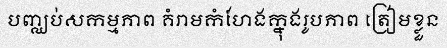
បញ្ឈប់សកម្មភាព គំរាមកំហែងក្នុងរូបភាព ត្រៀមខ្លួន